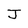
Character: J